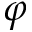
\varphi